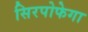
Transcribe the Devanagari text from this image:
सिरपोफेगा